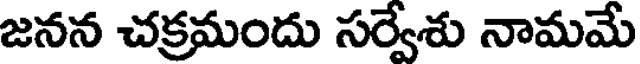
జనన చక్రమందు సర్వేశు నామమే